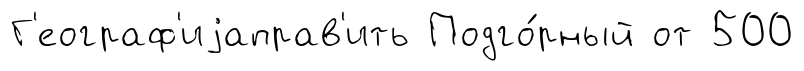
Г'еограф'иjаправ'ить Подго́рный от 500